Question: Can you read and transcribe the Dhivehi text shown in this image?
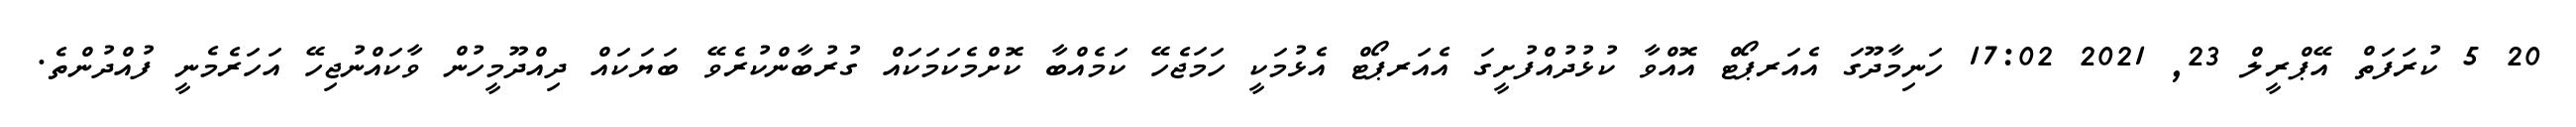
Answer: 20 5 ކުރަފަތް އޭޕްރީލް 23, 2021 17:02 ހަނިމާދޫގަ އެއަރޕޯޓް އޮއްވާ ކުޅުދުއްފުށީގަ އެއަރޕޯޓް އެޅުމަކީ ހަމަޖެހޭ ކަމެއްބާ ކޮށްމެކަމަކައް ގުރުބާންކުރެވޭ ބަޔަކައް ދިއްދޫމީހުން ވާކައްނުޖިހޭ އަހަރެމެނީ ފުއްދުންތެ.